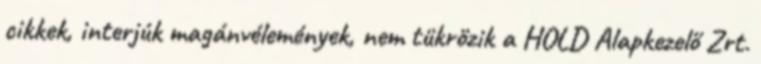
cikkek, interjúk magánvélemények, nem tükrözik a HOLD Alapkezelő Zrt.